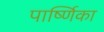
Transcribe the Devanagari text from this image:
पार्ष्णिका